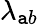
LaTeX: \lambda_{\mathtt{a}b}